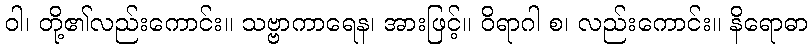
ဝါ၊ တို့၏လည်းကောင်း။ သဗ္ဗာကာရေန၊ အားဖြင့်။ ဝိရာဂါ စ၊ လည်းကောင်း။ နိရောဓာ